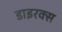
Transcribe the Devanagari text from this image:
डाइरक्स